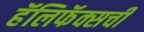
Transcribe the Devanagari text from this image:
हॅलिफॅक्सची